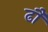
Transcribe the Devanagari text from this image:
ढौ